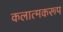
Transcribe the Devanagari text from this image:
कलात्मकरूप